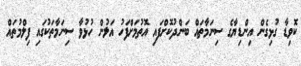
ކޮވިޑާ ގުޅިގެން އިންޑިޔާގެ ސިނަމާތައް ބަންދުކޮށްފައި އޮތުމަށްފަހު އަލުން ހުޅުވާ ސިނަމާތަކުގައި ފިލްމުތައް